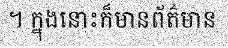
។ ក្នុងនោះក៏មានព័ត៌មាន